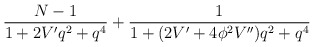
\begin{align*}\frac{N-1}{1+2 V' q^2 +q^4} + \frac{1}{1+(2V' + 4 \phi^2 V'') q^2 +q^4}\end{align*}